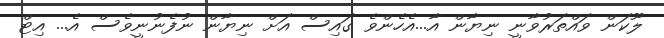
ލޫކަން ވައްތަރުވާނީ ނިޔާން އާ...އެހެންވެ ގައިސް އަށް ނިޔާން ނުފެނުނީވެސް އެ... އިޓް